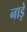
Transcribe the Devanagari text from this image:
नाड़े